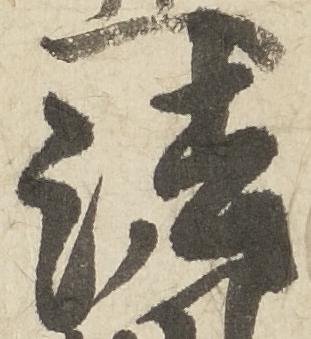
法